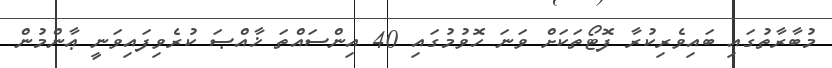
މުބާރާތުގައި ބައިވެރިކުރާ ފޮޓޯތަކަށް ވަނަ ހޮވުމުގައި 40 އިންސައްތަ ޚާއްޞަ ކުރެވިފައިވަނީ ޢާންމުން